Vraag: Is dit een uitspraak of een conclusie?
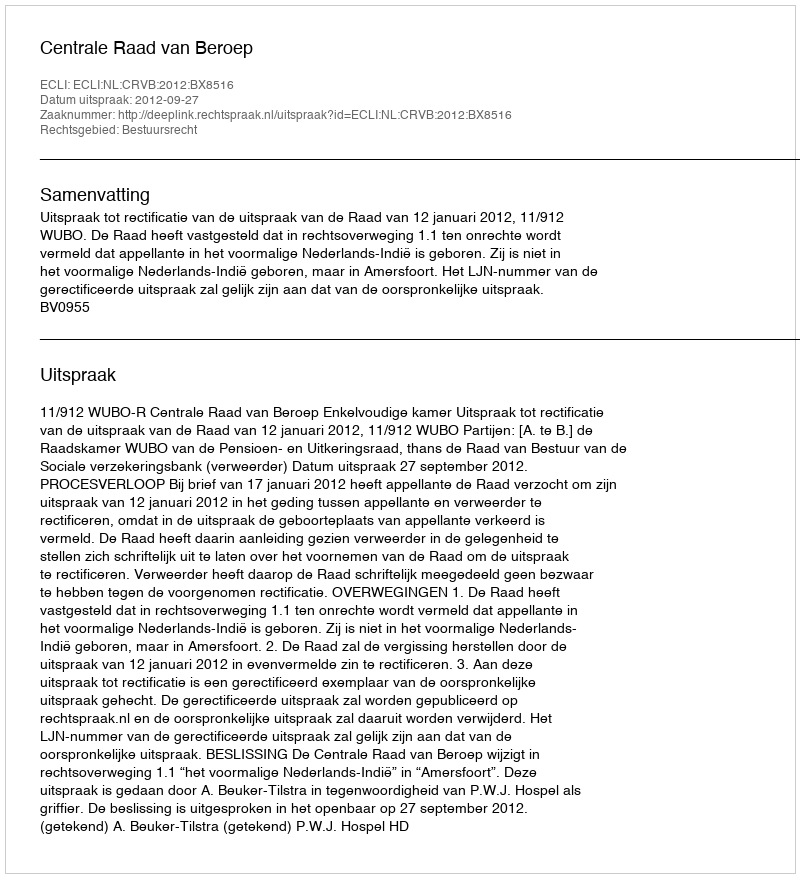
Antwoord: Uitspraak